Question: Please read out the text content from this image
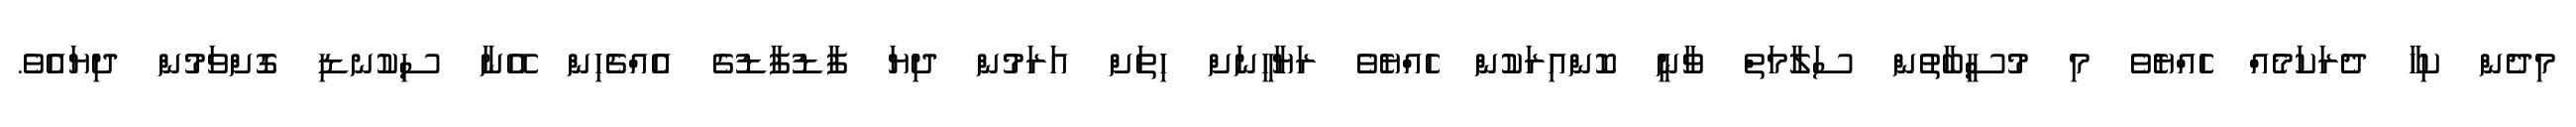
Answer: މިދެން ކިހާ ދެރަކަމެއް ހެއްޔެވެ މި މުސީބާތުން ސަލާމަތް ވާނީ ކޮންއިރަކުން ހެއްޔެވެ ރަޔާހީނަށް ހިތަށް އަރަމުން ދިޔަ ފާޑުފާޑުގެ އެއްޗެހިން އޭނާ ސިކުނޑި ގޮށްވަމުން ދިޔައެވެ.